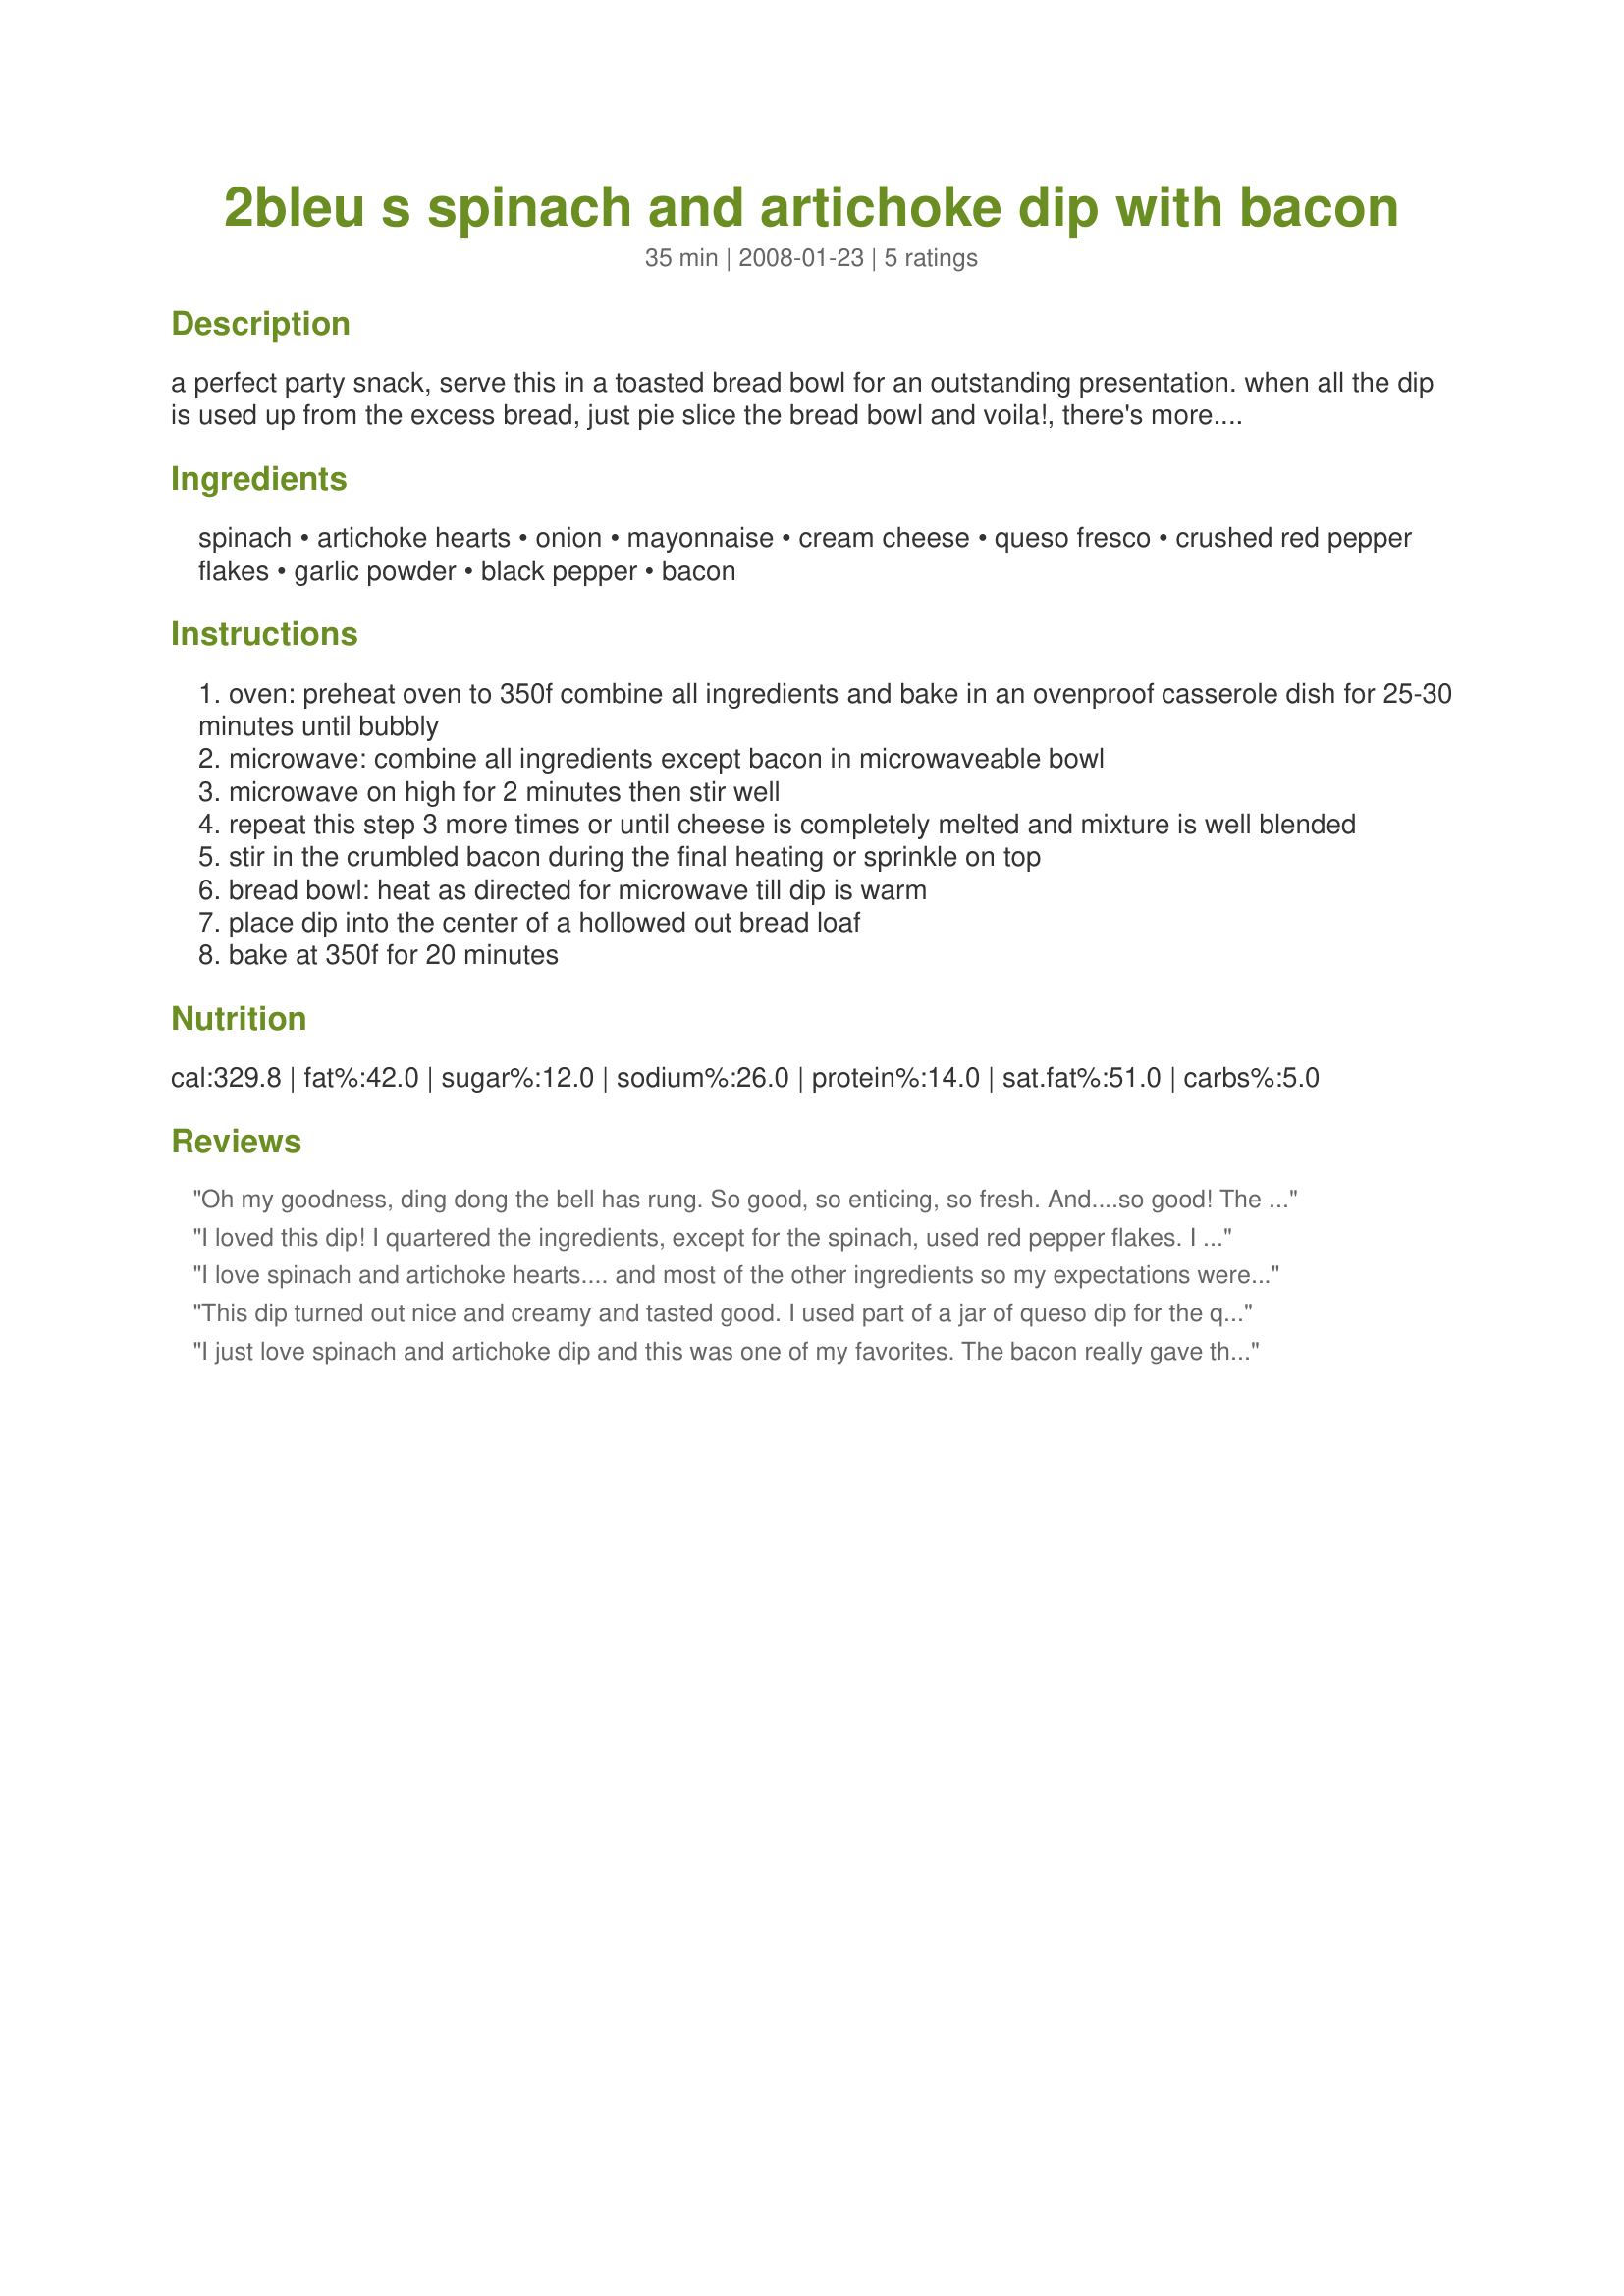
2bleu s spinach and artichoke dip with bacon
Preparation time: 35 minutes

a perfect party snack, serve this in a toasted bread bowl for an outstanding presentation. when all the dip is used up from the excess bread, just pie slice the bread bowl and voila!, there's more. also great served with crostini bread, tortillas, doritos, or other type of chips, :)

Ingredients:
spinach, artichoke hearts, onion, mayonnaise, cream cheese, queso fresco, crushed red pepper flakes, garlic powder, black pepper, bacon

Steps:
oven: preheat oven to 350f combine all ingredients and bake in an ovenproof casserole dish for 25-30 minutes until bubbly
microwave: combine all ingredients except bacon in microwaveable bowl
microwave on high for 2 minutes then stir well
repeat this step 3 more times or until cheese is completely melted and mixture is well blended
stir in the crumbled bacon during the final heating or sprinkle on top
bread bowl: heat as directed for microwave till dip is warm
place dip into the center of a hollowed out bread loaf
bake at 350f for 20 minutes

Reviews:
Oh my goodness, ding dong the bell has rung. So good, so enticing, so fresh. And....so good! The afternoon had turned cloudy. Not from any rain, or even clouds for that matter. It was cloudy because we were trying to "hook up" the big garden tiller. Corn, lima's, melons, and second round of spinach needed to planted and quickly at that. We needed something quick, fancy, and so delicious that we could forget those darn clouds. The only change I made was; the use of freah spinach from garden, and for half I top with fresh crab meat and after baking, ran through broiler at last minute to give it and overall gooey delicious quality. Other then those small changes, I followed this exactly and this dish was gone in no time flat. This bubbled about 25 minutes, then grabbing it from the oven, threw the big lumps of crabmeat on top. Oh yum bacon! Thanks 2Bleu, absolutely delish!
I loved this dip! I quartered the ingredients, except for the spinach, used red pepper flakes. I was going to use veggie bacon,but managed to burn it to a crisp(literally!) when I left the room(ahem) for just a minute(which turned into 10). I also just realized I forgot to put in the queso(and I just bought some today for that purpose!). It was still great,despite the booboos. Thanks you two, this was my supper served with sun chips. :lol:
I love spinach and artichoke hearts.... and most of the other ingredients so my expectations were extremely high.... and I was certainly not disappointed. I omitted the red pepper flakes (zero tolerance of anything remotely hot and spicy) and used feta in place of the queso fresco. A wonderfully delicious dip which was so very quick and easy to make: I made mine in the oven and we enjoyed it with slices of crispy ciabatta! A recipe this quick to make and this delicious is one I'll certainly be making again. Thanks for sharing it!
This dip turned out nice and creamy and tasted good. I used part of a jar of queso dip for the queso melting cheese and bacon bits for the bacon. It would be helpful to have amounts on the mayonnaise and cream cheese, but I just guessed and used about 1/2 cup mayo and 8 oz. light cream cheese.
I just love spinach and artichoke dip and this was one of my favorites. The bacon really gave this dip a wonderful smokey flavor and the red pepper flakes was just the right amount of heat. This was my first experience at using queso fresco and I really enjoyed it. Thanks so much for sharing.
